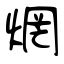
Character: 焹